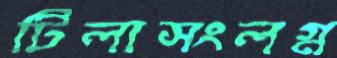
টিলাসংলগ্ন